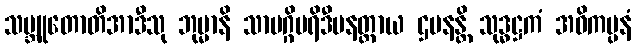
သမ္ဘူတောတိအာဒီသု ဘုမ္မာနိ သာမဂ္ဂိပရိဒီပနတ္ထာယ ဌပနန္တိ သုဒ္ဓဋ္ဌကံ အဝိကပ္ပနံ